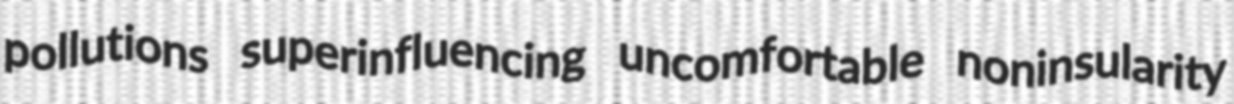
pollutions superinfluencing uncomfortable noninsularity